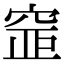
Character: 𥦐